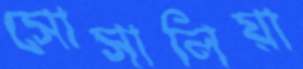
সোসালিয়া